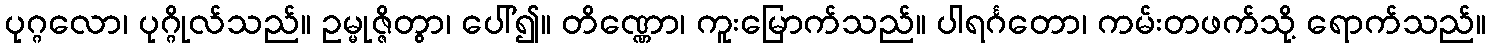
ပုဂ္ဂလော၊ ပုဂ္ဂိုလ်သည်။ ဥမ္မုဇ္ဇိတွာ၊ ပေါ်၍။ တိဏ္ဏော၊ ကူးမြောက်သည်။ ပါရင်္ဂတော၊ ကမ်းတဖက်သို့ ရောက်သည်။